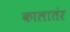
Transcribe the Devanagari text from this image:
कालातंर